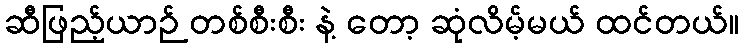
ဆီဖြည့်ယာဉ် တစ်စီးစီး နဲ့ တော့ ဆုံလိမ့်မယ် ထင်တယ်။